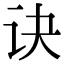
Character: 诀